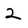
Character: 2